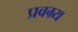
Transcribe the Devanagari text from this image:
प्रवग्र्य